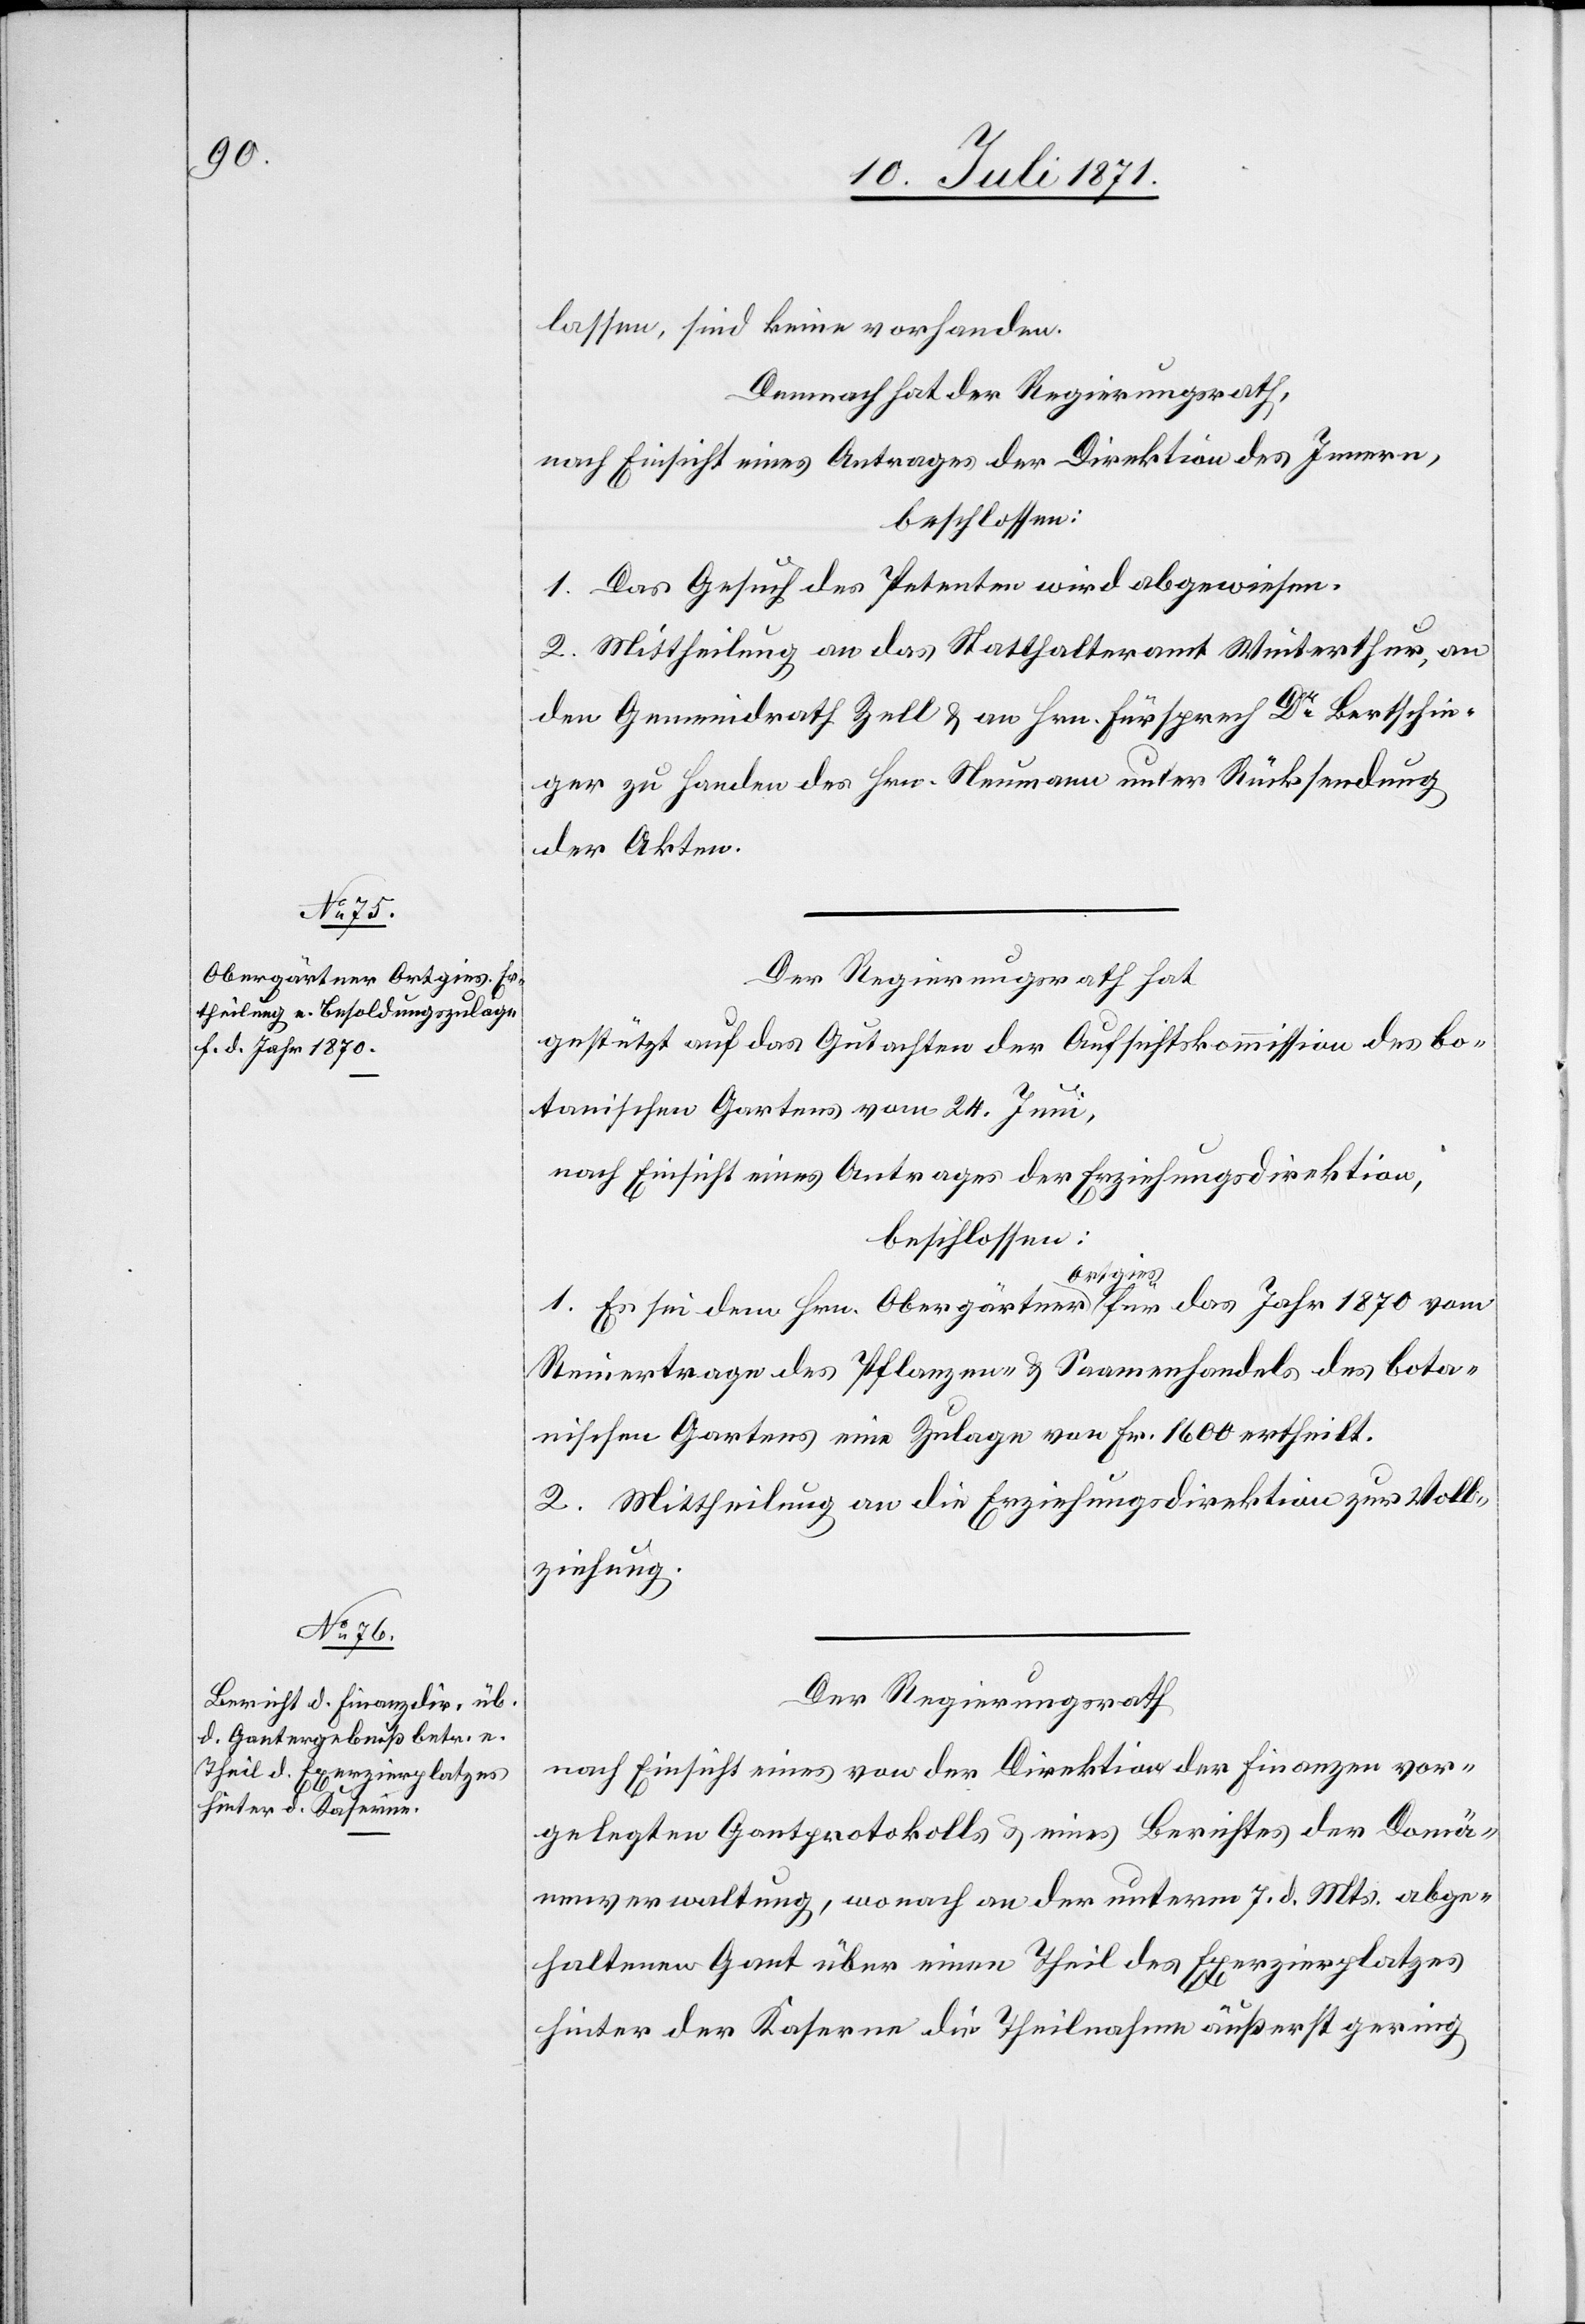
lassen, sind keine vorhanden.
Demnach hat der Regierungsrath,
nach Einsicht eines Antrages der Direktion des Innern,
beschlossen:
1. Das Gesuch des Petenten wird abgewiesen.
2. Mittheilung an das Statthalteramt Winterthur, an
den Gemeindrath Zell u. an Hrn. Fürsprech Dr. Bertschin¬
ger zu Handen des Hrn. Neumann unter Rücksendung
der Akten.
Der Regierungsrath hat
gestützt auf das Gutachten der Aufsichtskommission des bo¬
tanischen Gartens vom 24. Juni,
nach Einsicht eines Antrages der Erziehungsdirektion,
beschlossen:
1. Es sei dem Hrn. Obergärtner Ortgies für das Jahr 1870 vom
Reinertrage des Pflanzen- u. Saamenhandels des bota¬
nischen Gartens eine Zulage von Fr. 1600 ertheilt.
2. Mittheilung an die Erziehungsdirektion zur Voll¬
ziehung.
Der Regierungsrath
nach Einsicht eines von der Direktion der Finanzen vor¬
gelegten Gantprotokolls u. eines Berichtes der Domä¬
nenverwaltung, wonach an der unterm 7. d. Mts. abge¬
haltenen Gant über einen Theil des Exerzierplatzes
hinter der Kaserne die Theilnahme äußerst gering